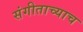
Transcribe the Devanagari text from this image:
संगीताच्याच